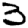
Digit: 3